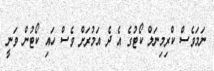
ނަމަވެސް ކްރިމިނަލް ކޯޓުގެ އެ ދެ އަމުރަށް ވެސް ހައި ކޯޓުން ވަނީ